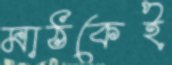
মাঠকেই